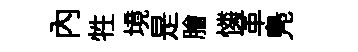
內牲境是膾憐革鳬